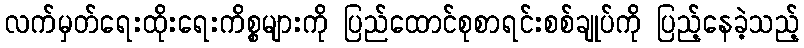
လက်မှတ်ရေးထိုးရေးကိစ္စများကို ပြည်ထောင်စုစာရင်းစစ်ချုပ်ကို ပြည့်နေခဲ့သည့်